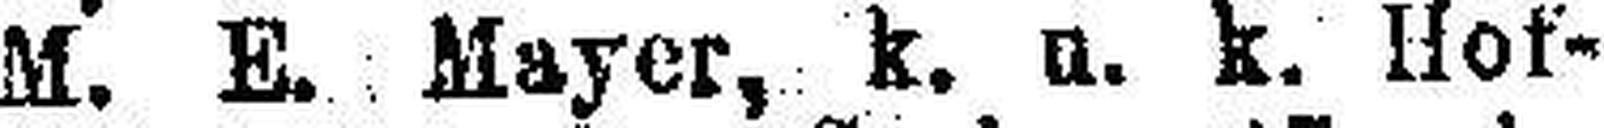
M. E. Mayer, k. u. k. Hof¬